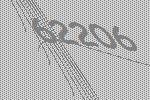
62206